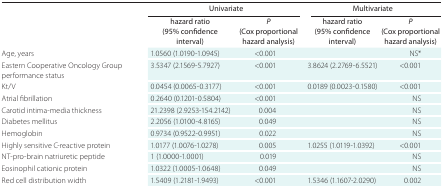
| <ROWSPAN=2>  | <COLSPAN=2> Univariate | <COLSPAN=2> Multivariate |
 | hazard ratio (95% confidence interval) | P (Cox proportional hazard analysis) | hazard ratio (95% confidence interval) | P (Cox proportional hazard analysis) |
 | --- | --- | --- | --- | --- |
 | Age, years | 1.0560 (1.0190-1.0945) | <0.001 |  | NS* |
 | Eastern Cooperative Oncology Group performance status | 3.5347 (2.1569-5.7927) | <0.001 | 3.8624 (2.2769-6.5521) | <0.001 |
 | Kt/V | 0.0454 (0.0065-0.3177) | <0.001 | 0.0189 (0.0023-0.1580) | <0.001 |
 | Atrial fibrillation | 0.2640 (0.1201-0.5804) | <0.001 |  | NS |
 | Carotid intima-media thickness | 21.2398 (2.9253-154.2142) | 0.004 |  | NS |
 | Diabetes mellitus | 2.2056 (1.0100-4.8165) | 0.049 |  | NS |
 | Hemoglobin | 0.9734 (0.9522-0.9951) | 0.022 |  | NS |
 | Highly sensitive C-reactive protein | 1.0177 (1.0076-1.0278) | 0.005 | 1.0255 (1.0119-1.0392) | <0.001 |
 | NT-pro-brain natriuretic peptide | 1 (1.0000-1.0001) | 0.019 |  | NS |
 | Eosinophil cationic protein | 1.0322 (1.0005-1.0648) | 0.049 |  | NS |
 | Red cell distribution width | 1.5409 (1.2181-1.9493) | <0.001 | 1.5346 (1.1607-2.0290) | 0.002 |